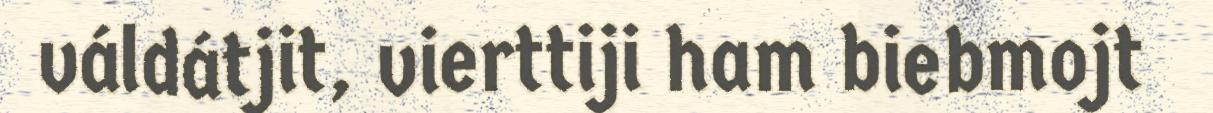
váldátjit, vierttiji ham biebmojt